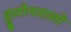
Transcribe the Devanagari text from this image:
हुलोनतालो